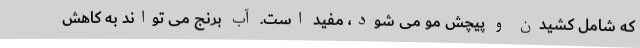
که شامل کشیدن و پیچش مو می شود، مفید است. آب برنج می تواند به کاهش